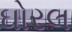
ઘોરલ